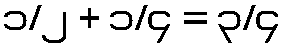
၁/၂ + ၁/၄ = ၃/၄